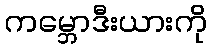
ကမ္ဘောဒီးယားကို